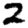
Digit: 2